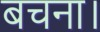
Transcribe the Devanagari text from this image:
बचना।